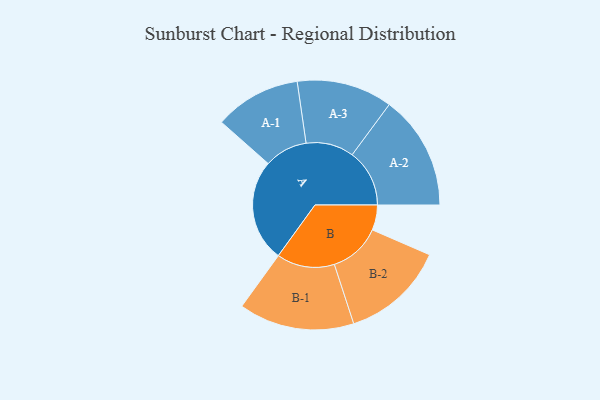
{"axis": {"x": "Segment", "y": "Value"}, "legend": ["", "A", "B"], "data": [{"x": "A", "y": 432, "type": ""}, {"x": "B", "y": 106, "type": ""}, {"x": "A-1", "y": 182, "type": "A"}, {"x": "A-2", "y": 242, "type": "A"}, {"x": "A-3", "y": 202, "type": "A"}, {"x": "B-1", "y": 244, "type": "B"}, {"x": "B-2", "y": 219, "type": "B"}]}